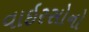
વાઇરસોનો